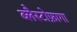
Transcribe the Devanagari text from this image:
ब्लैस्टोफ़ागा